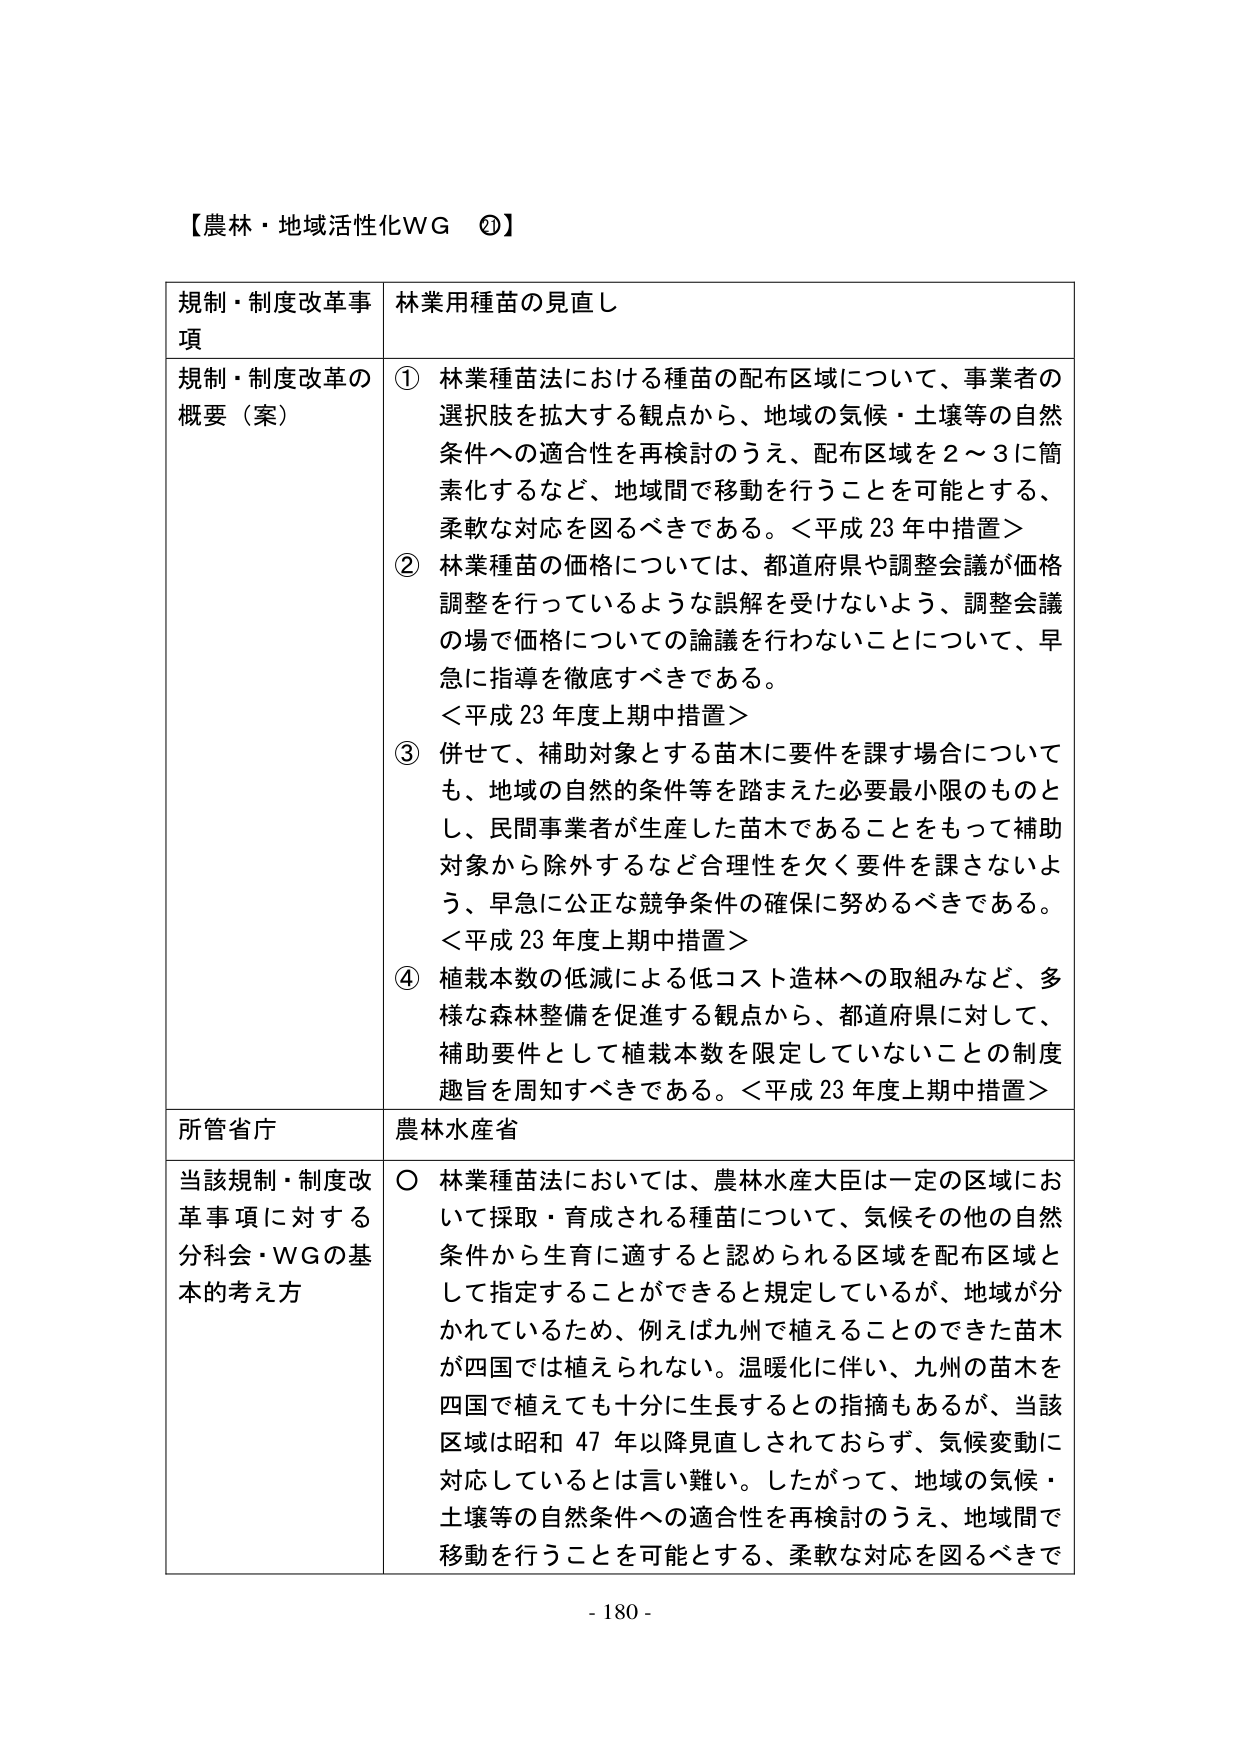
【農林・地域活性化WG ⑦】

規制・制度改革事項　林業用種苗の見直し

規制・制度改革の概要（案）
① 林業種苗法における種苗の配布区域について、事業者の選択肢を拡大する観点から、地域の気候・土壌等の自然条件への適合性を再検討のうえ、配布区域を2～3に簡素化するなど、地域間で移動を行うことを可能とする、柔軟な対応を図るべきである。＜平成23年中措置＞
② 林業種苗の価格については、都道府県や調整会議が価格調整を行っているような誤解を受けないよう、調整会議の場で価格についての論議を行わないことについて、早急に指導を徹底すべきである。
＜平成23年度上期中措置＞
③ 併せて、補助対象とする苗木に要件を課す場合についても、地域の自然的条件等を踏まえた必要最小限のものとし、民間事業者が生産した苗木であることをもって補助対象から除外するなど合理性を欠く要件を課さないよう、早急に公正な競争条件の確保に努めるべきである。
＜平成23年度上期中措置＞
④ 植栽本数の低減による低コスト造林への取組みなど、多様な森林整備を促進する観点から、都道府県に対して、補助要件として植栽本数を限定していないことの制度趣旨を周知すべきである。＜平成23年度上期中措置＞

所管省庁　農林水産省

当該規制・制度改革事項に対する分科会・WGの基本的考え方
○ 林業種苗法においては、農林水産大臣は一定の区域において採取・育成される種苗について、気候その他の自然条件から生育に適すると認められる区域を配布区域として指定することができるとして規定しているが、地域が分かれているため、例えば九州で植えることのできた苗木が四国では植えられない。温暖化に伴い、九州の苗木を四国で植えても十分に生長するととの指摘もあるが、当該区域は昭和47年以降見直しされておらず、気候変動に対応しているとは言い難い。したがって、地域の気候・土壌等の自然条件への適合性を再検討のうえ、地域間で移動を行うことを可能とする、柔軟な対応を図るべきで

- 180 -